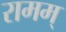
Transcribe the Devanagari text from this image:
रामम्